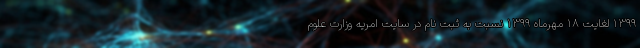
۱۳۹۹ لغایت ۱۸ مهرماه ۱۳۹۹ نسبت به ثبت نام در سایت امریه وزارت علوم